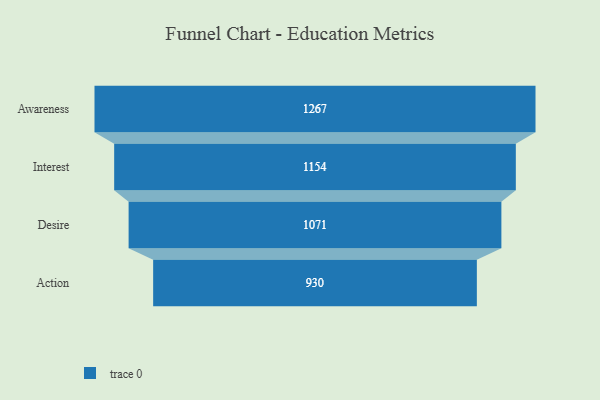
{"axis": {"x": "Stage", "y": "Value"}, "legend": [""], "data": [{"x": "Awareness", "y": 1267.0, "type": ""}, {"x": "Interest", "y": 1154.0, "type": ""}, {"x": "Desire", "y": 1071.0, "type": ""}, {"x": "Action", "y": 930.0, "type": ""}]}